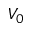
V _ { 0 }